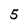
Character: 5